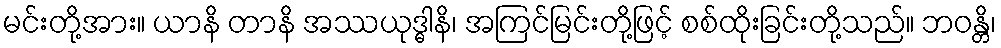
မင်းတို့အား။ ယာနိ တာနိ အဿယုဒ္ဓါနိ၊ အကြင်မြင်းတို့ဖြင့် စစ်ထိုးခြင်းတို့သည်။ ဘဝန္တိ၊